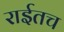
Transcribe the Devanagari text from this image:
राईतच